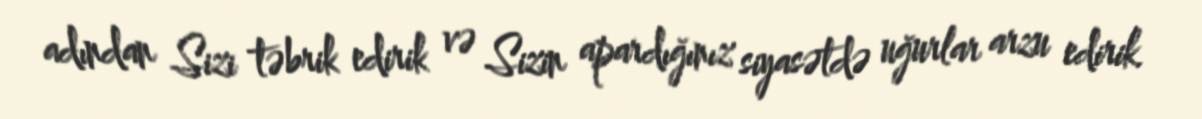
adından Sizi təbrik edirik və Sizin apardığınız siyasətdə uğurlar arzu edirik.